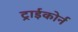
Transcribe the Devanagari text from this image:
ट्राईकोर्न